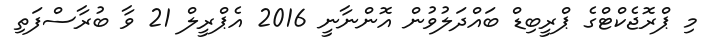
މި ޕްރޮޖެކްޓްގެ ޕްރީބިޑް ބައްދަލުވުން އޮންނާނީ 2016 އެޕްރީލް 21 ވާ ބުރާސްފަތި